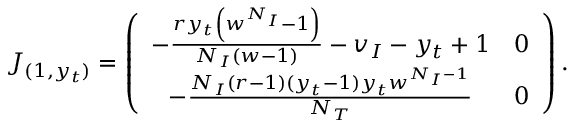
J _ { ( 1 , y _ { t } ) } = \left( \begin{array} { c c } { - \frac { r y _ { t } \left( w ^ { N _ { I } } - 1 \right) } { N _ { I } ( w - 1 ) } - v _ { I } - y _ { t } + 1 } & { 0 } \\ { - \frac { N _ { I } ( r - 1 ) ( y _ { t } - 1 ) y _ { t } w ^ { N _ { I } - 1 } } { N _ { T } } } & { 0 } \end{array} \right) .